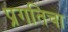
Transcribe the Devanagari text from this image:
प्रगतिचा